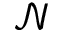
\mathcal { N }